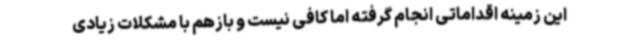
این زمینه اقداماتی انجام گرفته اما کافی نیست و بازهم با مشکلات زیادی